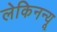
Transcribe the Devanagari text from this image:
लेकिनन्यू